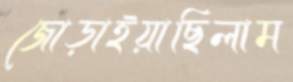
জোড়াইয়াছিলাম